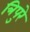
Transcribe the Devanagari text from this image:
त्रिपुरे